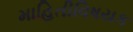
માહિતીવિષયક